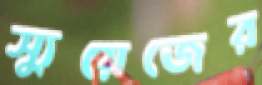
স্যুয়েজের